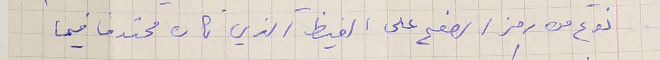
نوع من رمز الصفح على الغيظ الذي كان محتدماً فيما